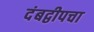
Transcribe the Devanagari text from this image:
दंबद्वीपचा